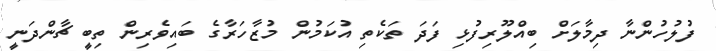
ފުލުހުންނާ ދިމާލަށް ބިއްލޫރިފުޅި ފަދަ ތަކެތި އުކަމުން މުޒާހަރާގެ ބައިވެރިން ތިބީ ޗާންދަނީ